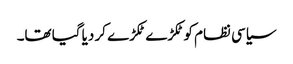
سیاسی نظام کو ٹکڑے ٹکڑے کر دیا گیا تھا۔